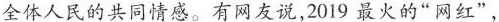
全体人民的共同情感。有网友说，2019最火的”网红”，